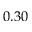
0 . 3 0